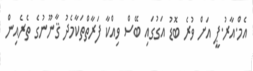
އެމް.އާރު.ޕީ އަށް ވުރެ ބޮޑު އަގުގައި ބޭސް ވިއްކާ ފަރާތްތަކާމެދު ޤާނޫނުގެ ތެރެއިން